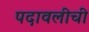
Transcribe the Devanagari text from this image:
पदावलीची